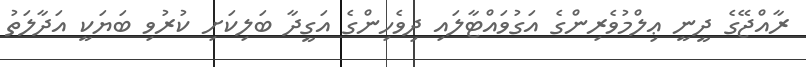
ރާއްޖޭގެ ދީނީ ޢިލްމުވެރިންގެ އަގުވައްޓާލައި ދިވެހިންގެ އަގީދާ ބަލިކަށި ކުރުވި ބަޔަކީ އަދާލަތު